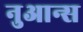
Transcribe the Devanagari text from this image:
नुआन्स